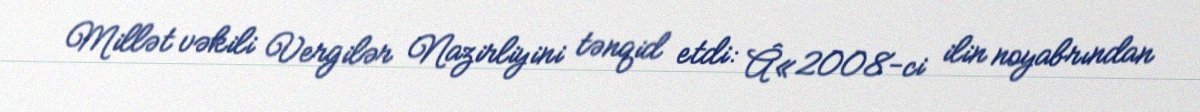
Millət vəkili Vergilər Nazirliyini tənqid etdi: Â«2008-ci ilin noyabrından